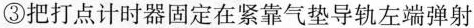
③把打点计时器固定在紧靠气垫导轨左端弹射